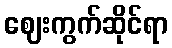
ဈေးကွက်ဆိုင်ရာ